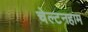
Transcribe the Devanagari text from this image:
चेल्टनहाम